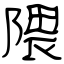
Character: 隈